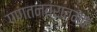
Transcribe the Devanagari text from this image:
गणतन्त्रात्मक